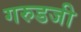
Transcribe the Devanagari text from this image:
गरुडजी